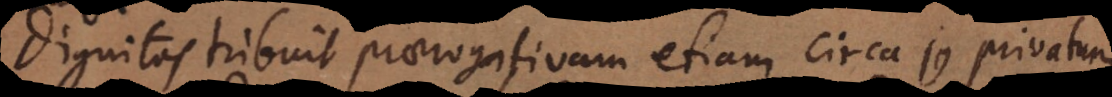
Dignitas tribuit praerogativam etiam circa j